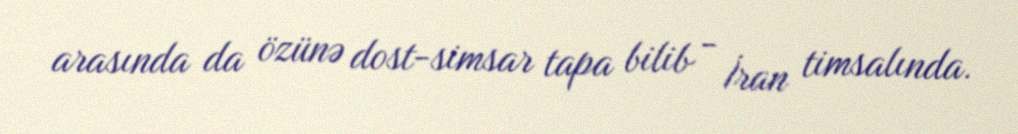
arasında da özünə dost-simsar tapa bilib - İran timsalında.